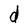
Character: d